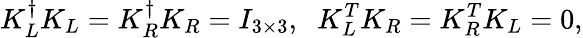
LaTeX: K_{L}^{\dagger}K_{L}=K_{R}^{\dagger}K_{R}=I_{3\times 3},\; \; K_{L}^{T}K_{R}=K_{R}^{T}K_{L}=0,